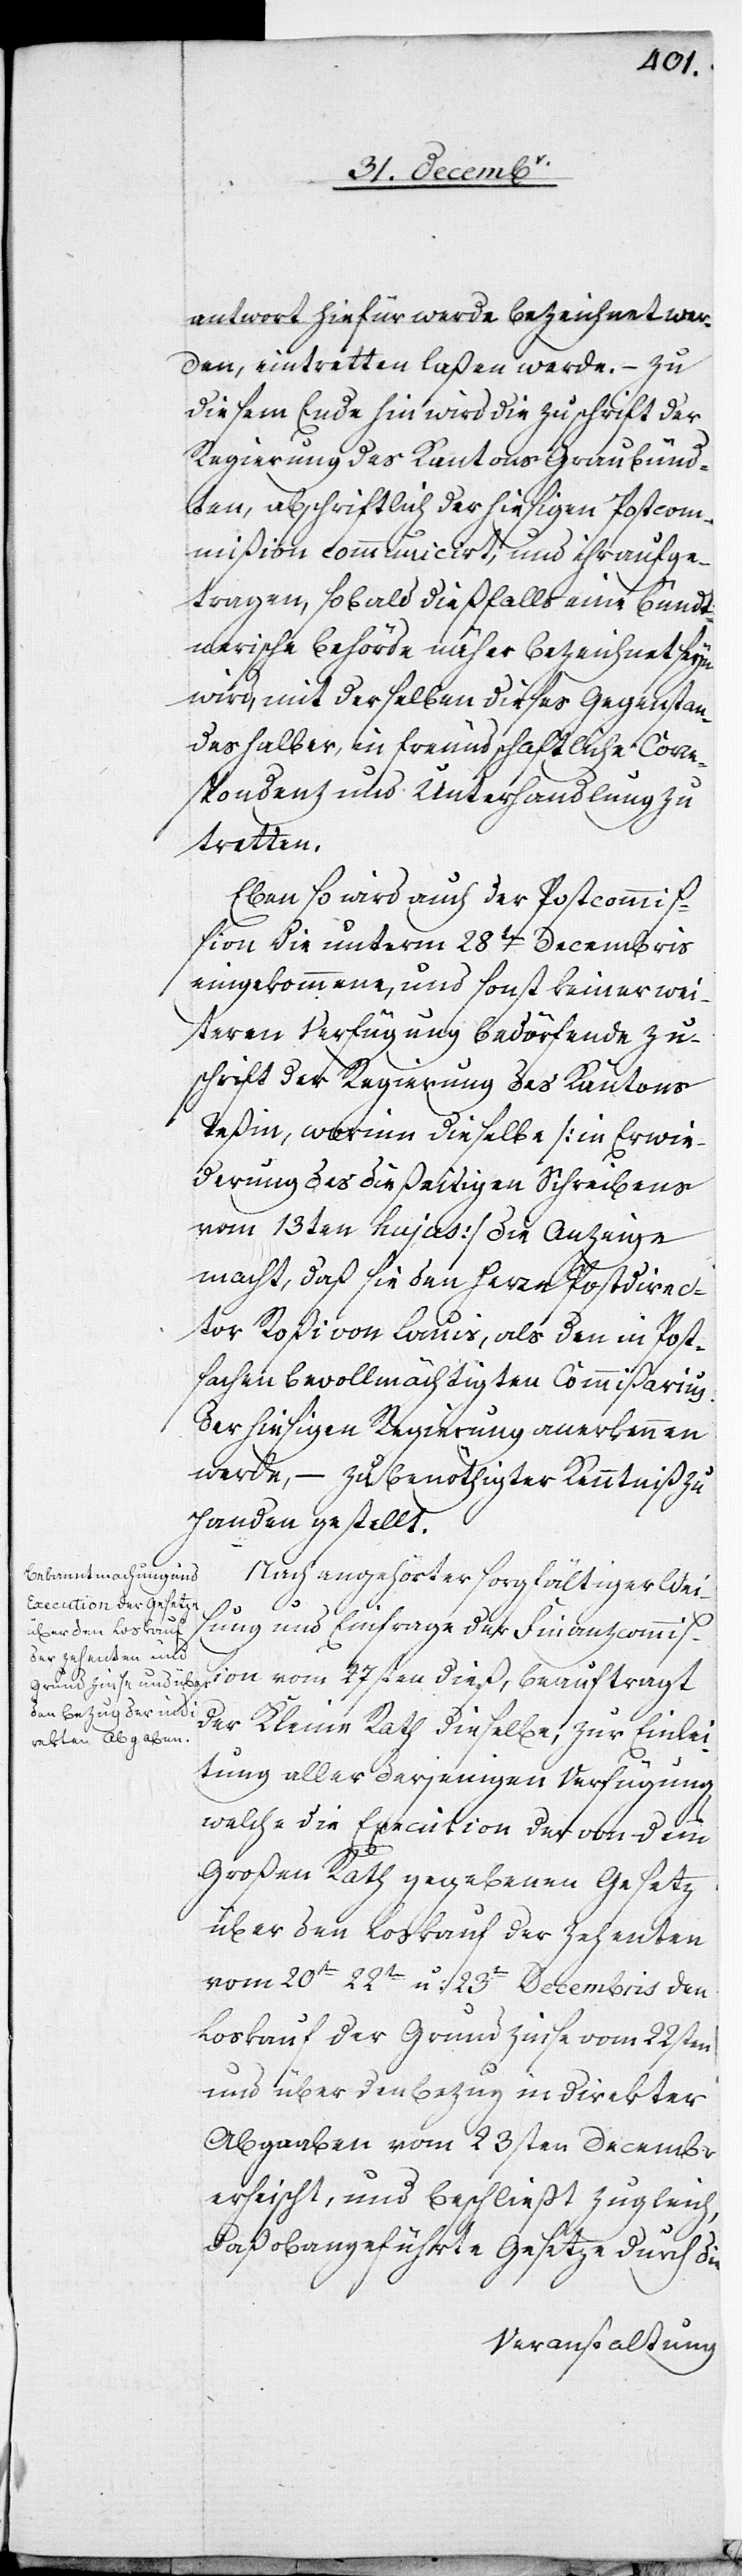
antwort hiefür werde bezeichnet wer¬
den, eintretten laßen werde. – Zu
diesem Ende hin wird die Zuschrift der
Regierung des Kantons Graubünd¬
ten, abschriftlich der hiesigen Postcom¬
mißion communicirt, und ihr aufge¬
tragen, sobald dießfalls eine Bündt¬
nerische Behörde näher bezeichnet seyn
wird, mit derselben dieses Gegenstan¬
des halber, in freundschaftliche Corre¬
spondenz und Unterhandlung zu
tretten.
Eben so wird auch der Postcommiß¬
ion die unterm 28ten Decembris
eingekommene, und sonst keiner wei¬
teren Verfügung bedörfende Zu¬
schrift der Regierung des Kantons
Teßin, worinn dieselbe [in Erwi¬
derung des dießeitigen Schreibens
vom 13ten hujus] die Anzeige
macht, daß sie den Herrn Postdirec¬
tor Roßi von Lauis, als den in Post¬
sachen bevollmächtigten Commißarius
der hiesigen Regierung anerkennen
werde, – zu benöthigter Kenntniß zu
Handen gestellt.
Nach angehörter sorgfältiger Weis¬
ung und Einfrage der Finanzcommiß¬
ion vom 27sten dieß, beauftragt
der Kleine Rath dieselbe, zur Einlei¬
tung aller derjenigen Verfügung,
welche die Execution der von dem
Großen Rath gegebenen Gesetz
über den Loskauf der Zehenten
vom 20sten[,] 22sten und 23sten Decembris den
Loskauf der Grundzinse vom 22sten
und über den Bezug indirekter
Abgaaben vom 23sten Decembris
erheischt, und beschließt zugleich,
daß obangeführte Gesetze durch die